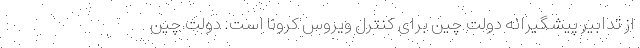
از تدابیر پیشگیرانه دولت چین برای کنترل ویروس کرونا است. دولت چین